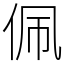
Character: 佩